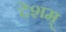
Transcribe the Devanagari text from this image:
देशम्‌